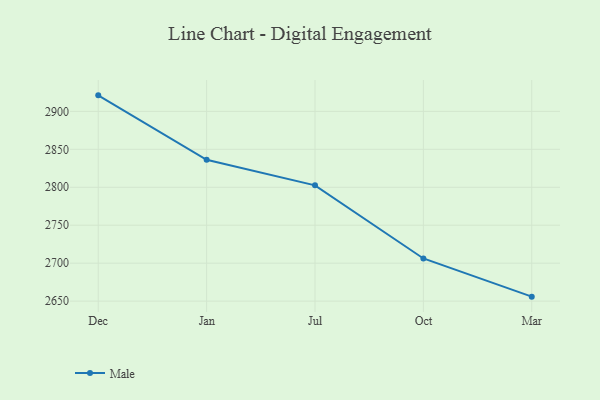
{"axis": {"x": "Month", "y": "Latency (ms)"}, "legend": ["Male"], "data": [{"x": "Dec", "y": 2921.1, "type": "Male"}, {"x": "Jan", "y": 2836.2, "type": "Male"}, {"x": "Jul", "y": 2802.5, "type": "Male"}, {"x": "Oct", "y": 2706.2, "type": "Male"}, {"x": "Mar", "y": 2655.9, "type": "Male"}]}